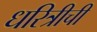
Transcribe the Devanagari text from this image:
धरित्रीची